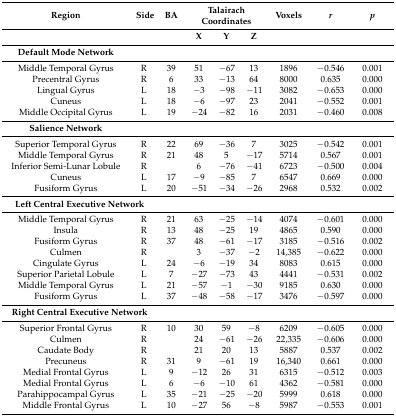
<table><thead><tr><td><b>Region</b></td><td><b>Side</b></td><td><b>BA</b></td><td colspan="3"><b>Talairach Coordinates</b></td><td><b>Voxels</b></td><td><b><i>r</i></b></td><td><b><i>p</i></b></td></tr><tr><td></td><td></td><td></td><td><b>X</b></td><td><b>Y</b></td><td><b>Z</b></td><td></td><td></td><td></td></tr></thead><tbody><tr><td><b>Default Mode Network</b></td><td></td><td></td><td></td><td></td><td></td><td></td><td></td><td></td></tr><tr><td>Middle Temporal Gyrus</td><td>R</td><td>39</td><td>51</td><td>−67</td><td>13</td><td>1896</td><td>−0.546</td><td>0.001</td></tr><tr><td>Precentral Gyrus</td><td>R</td><td>6</td><td>33</td><td>−13</td><td>64</td><td>8000</td><td>0.635</td><td>0.000</td></tr><tr><td>Lingual Gyrus</td><td>L</td><td>18</td><td>−3</td><td>−98</td><td>−11</td><td>3082</td><td>−0.653</td><td>0.000</td></tr><tr><td>Cuneus</td><td>L</td><td>18</td><td>−6</td><td>−97</td><td>23</td><td>2041</td><td>−0.552</td><td>0.001</td></tr><tr><td>Middle Occipital Gyrus</td><td>L</td><td>19</td><td>−24</td><td>−82</td><td>16</td><td>2031</td><td>−0.460</td><td>0.008</td></tr><tr><td><b>Salience Network</b></td><td></td><td></td><td></td><td></td><td></td><td></td><td></td><td></td></tr><tr><td>Superior Temporal Gyrus</td><td>R</td><td>22</td><td>69</td><td>−36</td><td>7</td><td>3025</td><td>−0.542</td><td>0.001</td></tr><tr><td>Middle Temporal Gyrus</td><td>R</td><td>21</td><td>48</td><td>5</td><td>−17</td><td>5714</td><td>0.567</td><td>0.001</td></tr><tr><td>Inferior Semi-Lunar Lobule</td><td>R</td><td></td><td>6</td><td>−76</td><td>−41</td><td>6723</td><td>−0.500</td><td>0.004</td></tr><tr><td>Cuneus</td><td>L</td><td>17</td><td>−9</td><td>−85</td><td>7</td><td>6547</td><td>0.669</td><td>0.000</td></tr><tr><td>Fusiform Gyrus</td><td>L</td><td>20</td><td>−51</td><td>−34</td><td>−26</td><td>2968</td><td>0.532</td><td>0.002</td></tr><tr><td colspan="2"><b>Left Central Executive Network</b></td><td></td><td></td><td></td><td></td><td></td><td></td><td></td></tr><tr><td>Middle Temporal Gyrus</td><td>R</td><td>21</td><td>63</td><td>−25</td><td>−14</td><td>4074</td><td>−0.601</td><td>0.000</td></tr><tr><td>Insula</td><td>R</td><td>13</td><td>48</td><td>−25</td><td>19</td><td>4865</td><td>0.590</td><td>0.000</td></tr><tr><td>Fusiform Gyrus</td><td>R</td><td>37</td><td>48</td><td>−61</td><td>−17</td><td>3185</td><td>−0.516</td><td>0.002</td></tr><tr><td>Culmen</td><td>R</td><td></td><td>3</td><td>−37</td><td>−2</td><td>14,385</td><td>−0.622</td><td>0.000</td></tr><tr><td>Cingulate Gyrus</td><td>L</td><td>24</td><td>−6</td><td>−19</td><td>34</td><td>8083</td><td>0.615</td><td>0.000</td></tr><tr><td>Superior Parietal Lobule</td><td>L</td><td>7</td><td>−27</td><td>−73</td><td>43</td><td>4441</td><td>−0.531</td><td>0.002</td></tr><tr><td>Middle Temporal Gyrus</td><td>L</td><td>21</td><td>−57</td><td>−1</td><td>−30</td><td>9185</td><td>0.630</td><td>0.000</td></tr><tr><td>Fusiform Gyrus</td><td>L</td><td>37</td><td>−48</td><td>−58</td><td>−17</td><td>3476</td><td>−0.597</td><td>0.000</td></tr><tr><td colspan="2"><b>Right Central Executive Network</b></td><td></td><td></td><td></td><td></td><td></td><td></td><td></td></tr><tr><td>Superior Frontal Gyrus</td><td>R</td><td>10</td><td>30</td><td>59</td><td>−8</td><td>6209</td><td>−0.605</td><td>0.000</td></tr><tr><td>Culmen</td><td>R</td><td></td><td>24</td><td>−61</td><td>−26</td><td>22,335</td><td>−0.606</td><td>0.000</td></tr><tr><td>Caudate Body</td><td>R</td><td></td><td>21</td><td>20</td><td>13</td><td>5887</td><td>0.537</td><td>0.002</td></tr><tr><td>Precuneus</td><td>R</td><td>31</td><td>9</td><td>−61</td><td>19</td><td>16,340</td><td>0.661</td><td>0.000</td></tr><tr><td>Medial Frontal Gyrus</td><td>L</td><td>9</td><td>−12</td><td>26</td><td>31</td><td>6315</td><td>−0.512</td><td>0.003</td></tr><tr><td>Medial Frontal Gyrus</td><td>L</td><td>6</td><td>−6</td><td>−10</td><td>61</td><td>4362</td><td>−0.581</td><td>0.000</td></tr><tr><td>Parahippocampal Gyrus</td><td>L</td><td>35</td><td>−21</td><td>−25</td><td>−20</td><td>5999</td><td>0.618</td><td>0.000</td></tr><tr><td>Middle Frontal Gyrus</td><td>L</td><td>10</td><td>−27</td><td>56</td><td>−8</td><td>5987</td><td>−0.553</td><td>0.001</td></tr></tbody></table>